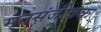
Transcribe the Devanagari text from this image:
मृतसंजीवक